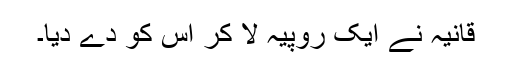
قانیہ نے ایک روپیہ لا کر اس کو دے دیا۔